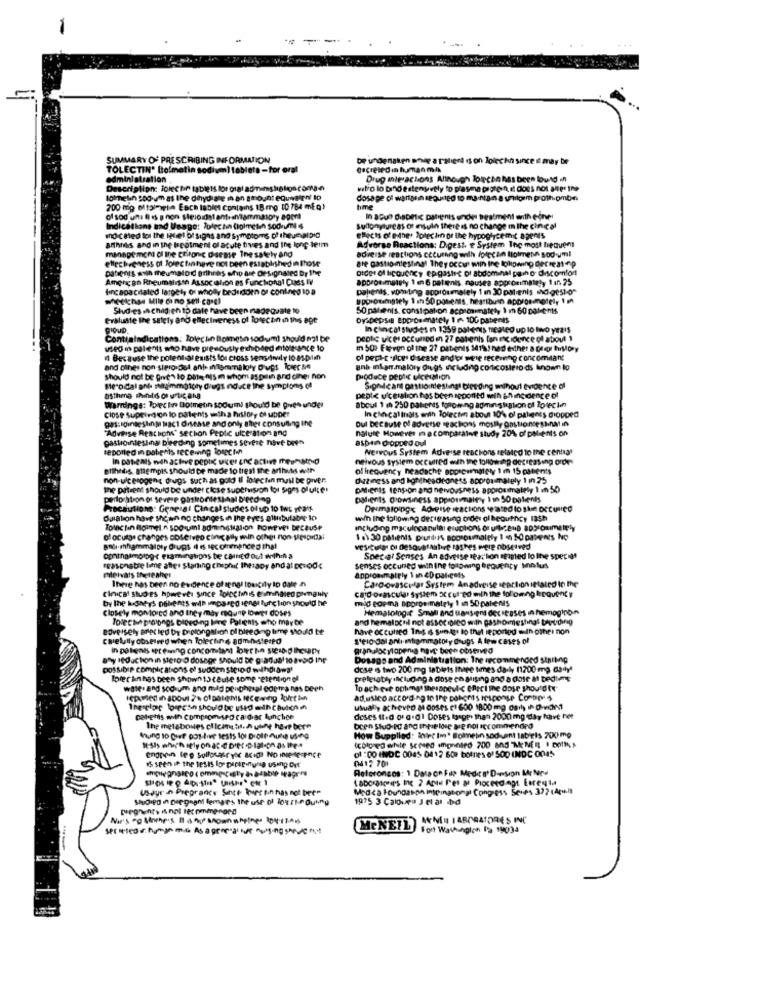
SUMMARY OF PRESCRIBING INFORMATION
De ungenaken shie a Palieri d on Joiechni since i may be
TOLECTIN' Bolmetin sodium) tableta - for oral
administration
Drug interactions Although Touche has been Bound in
Description: Tolectie tablets for oral adminsliplos coman
vitro lo bind estenuvely to plasma pagten, it does not alles the
lolmeth 500 um as the dihydiale in an amount equivalent to
dosa pe of wartanin seguinteo 1o mania.na uilgem proth.pmbe
200 mg ol toimit Each tablet contains 18 mg [0 784 mEa)
hme
of sod un: @ es p non steroidal ante anammasory apers
In adult Diabetic patients undins Dealment anth eine
Indications and Usage: Polechin (holmetin sodium 4
sullonyture as of mouth there is no change In the cinical
so-called to the igel of signs and Symptoms of thesesalpic
annthis and in the treatment of acute tives and Ine long term
effects of etne. Iplechin or the hypoglycemt a penis
maonge mcna of the ctronic disease The sately and
Adverse Reactions: Digest. e System The most hequent
adverse reactions ctturning with foiecain lolmet soduml
efecbrevess of lorectinhave not been established in those
are gastrointestinal They occur wiin the following decre 31-p
patients with theumalod arihnis who are designated Dy the
ordet of Icovency epigastre of abdominal pain or discomfort
American Rheumaligen Assoc ilion es Funcional Cuss Iv
approsimately 1 an 6 patents, nausea approximately 1 in 25
fincapacitated largely Of wholly bedudden or conkned ID a
patients, vomiting approumately 1 in 30 patients indigesto"
whoechas MIle Ci no sell-Conel
@pprotemsilely 1 sh 50 patients, heartbuin approsonotel, 1
Studies .A childich to date have been nadequate to
50 patients. constipation acpsoimately \ m 60 Dal-t-nis
Gratuate the salety and effectiveness of lorecon in this age
Dyspepsie toprosimately 1 1. 100 patients
PIOUD.
In chincat studies 1 1359 patients treated up lo tivo years
Contraindications: Tolecin Blometin soduuml should not be
peptic vices accuned en 27 patients fan evidence ol about 1
used in patients who have presously echipsed intole-ance to
m SO: Eleven of the 27 patients 1419! had either a progr history
1 Because the potential exists for cross sens nuly 10 81-0im
of pept-c .fices disease and or wele recenning concomdan;
and other non sipro dol ant intammaloly Drugs ICer se
gnb intan.malory drugs including corticostero ds known to
should not be given to Date nisi whom aspelin and cihei non
produce peptic ulceration
Mercidal and maljimmotory drugs ndice the Symplons (!
Sindcant gestiontestingt bleeding mihout evidence of
peptic ulceration has been agpontd with in incidence of
Warnings: Porec ii Dotmetin 500um) should be gues under
Close Supeirgion lo patients witha history of uppet
aboul 1 ( 250 patients following administration of Iotec lin
In checalinals with Tolectin about 10% of patients diopped
gas: lointestinMi Mac1 disease and only after consulling ing
Oul because of adverse reactions mostly gastioncessna in
"Adverse Reachons" sechon Pepic ulceration and
nature However macomparative study 20% of patients on
gastrointestinal bleeding sometimes severe nove been
aspen dropped oul
Reported in pabehis receining Ponectin
Nervous System Adverse reactions related to the central
In paseals wdh active peptic sier ne attin meuhatred
neivous System occurred with the following decreasing order
etthebs. atempis should be made to trent the arthuis with
of frequency headache appscumalety 1 m 15 patents
non-ulcerogent drugs such as gold Il lotecten mail be giver.
dizziness and hontheadedness approximately 1 in 25
the patient should be under close supervision for Signs of ulte!
DMIents tension and nervousness approximately 1 m 50
perforation of severe påstroniesanal bleeding
patients drowsiness approumalety I in 50 patients
Precautions: General Cin cal studies of up to Iwt year
Dermatoinge Adverse reactions ated lo she occured
Culation have shown no changes in The eyes alllibulabre Io
win the following detteasing order ol beournicy 135h
including maculocanula eruptions or ut-2248 805 onimalely
of oculos changes observeo con ally min other non-elpida:
1 0) 30 patients pruners sconoumalely 1 40 50 patients No
ophthalmologr examinations be caInEd out wrihih a
Special Senses An adverse sea: lion sealed lo lihe species
easonable lime after Starting chephat therapy and at Derode
senses occuned with the following frequency Mollus
mleivats theteahet
There has been no evidence of songl Ioucily Ip Date n
Approasmately 1 an 20 pal.gets
Cardiovascular System Anadreise seaction ittaled In the
Circa' Stuo es however since lolcCtinhis elvingled pimguy
cato ovascular System oc cut-ed mih the following Ircquent y
by the kong's patients with impar senet function should he
mid capma sporpermately 1 an 50 palenis
Closely monto cd and they may mounp lower doses
Hemalong.e Small and tansigns decreases in hemoginoin
Tocette prolongs bleeding line Patients who maybe
and hematogul not assoc bico win gashomestingl thyroiding
adversely anec led by Deplongation of bleeding time should te
have occurred Ing is somnigo to thel ieported with other non
carelully observed when Tolecting administered
stelo dal anlı-miammatory drugs A few cases of
in patients apt eanno concomitant loire non steroid Ihesapy
any Ieduction in stero O dosage Should be guadas1 10 2130 the
Dosago and Administration: The recommended stalking
DOSSIDIP complications of sudden stelo 0 whdiama'
dose is tivo 200 mg tablets Ihope times da-ly (1200 mg daily
Tofer linhas been shown 13 cause some retentionol
preferably including a dose ch suising and a dose at bedtime
wate. and sco um and mid peutheral edetra nes been
Toachieve optimgt therapeutic enrci the dose should ty
ad,usico according to the Dalom's response Conboy" s
usualy acheveo al ooses et 600 1800 mg daily in Dwvon1
Dahets with compromised caldar lunchice
deses (ted or gal Doses losges than 2000 mg day have ret
The metaboues clicane is.A utine have bere
been Studied and these los Me not recommended
How Supplied: inter im. Somebin soduint tablets 200 mg
(colored wiste scosed empnoted 700 and MENER I DONS
of " CO INDC 0045 0412 600 bolnes of SOD INDC O045
0412 701
IS seen in the tests los pacieinfulla using Cet
UsJur n Pregrancy Sinte Thuer tin has not been
Medca Foundason international Congress Serps 3 ?? (Acell
1975 3 Caloveu J Hl as bd
ANNEN I ARPAATORES INC
MeNEIL
Fort Washington Pa 19034